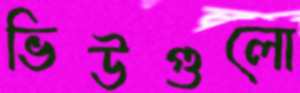
ভিউগুলো